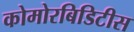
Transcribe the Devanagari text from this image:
कोमोरबिडिटीस